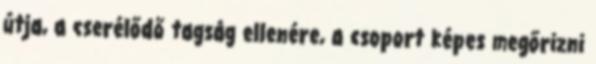
útja, a cserélődő tagság ellenére, a csoport képes megőrizni